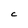
Character: c